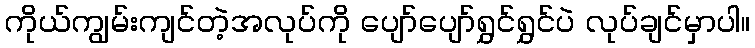
ကိုယ်ကျွမ်းကျင်တဲ့အလုပ်ကို ပျော်ပျော်ရွှင်ရွှင်ပဲ လုပ်ချင်မှာပါ။